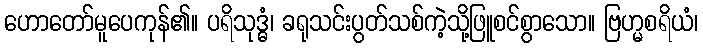
ဟောတော်မူပေကုန်၏။ ပရိသုဒ္ဓံ၊ ခရုသင်းပွတ်သစ်ကဲ့သို့ဖြူစင်စွာသော။ ဗြဟ္မစရိယံ၊